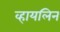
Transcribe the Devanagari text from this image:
व्हायलिन